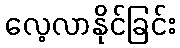
လေ့လာနိုင်ခြင်း